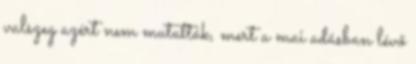
valszeg azért nem mutatták, mert a mai adásban lévő